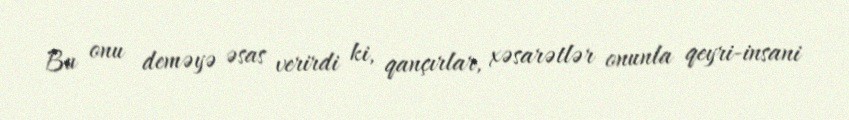
Bu onu deməyə əsas verirdi ki, qançırlar, xəsarətlər onunla qeyri-insani